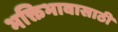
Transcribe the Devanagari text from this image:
भक्तिभावासाठी